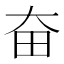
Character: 奋